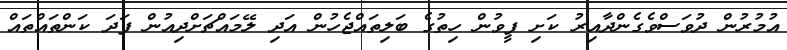
އުމުރުން ދުވަސްވެގެންދާއިރު ކަށި ފީވުން ހިތުގެ ބަލިތައްޖެހުން އަދި ލޭމައްޗަށްދިއުން ފަދަ ކަންތައްތައް